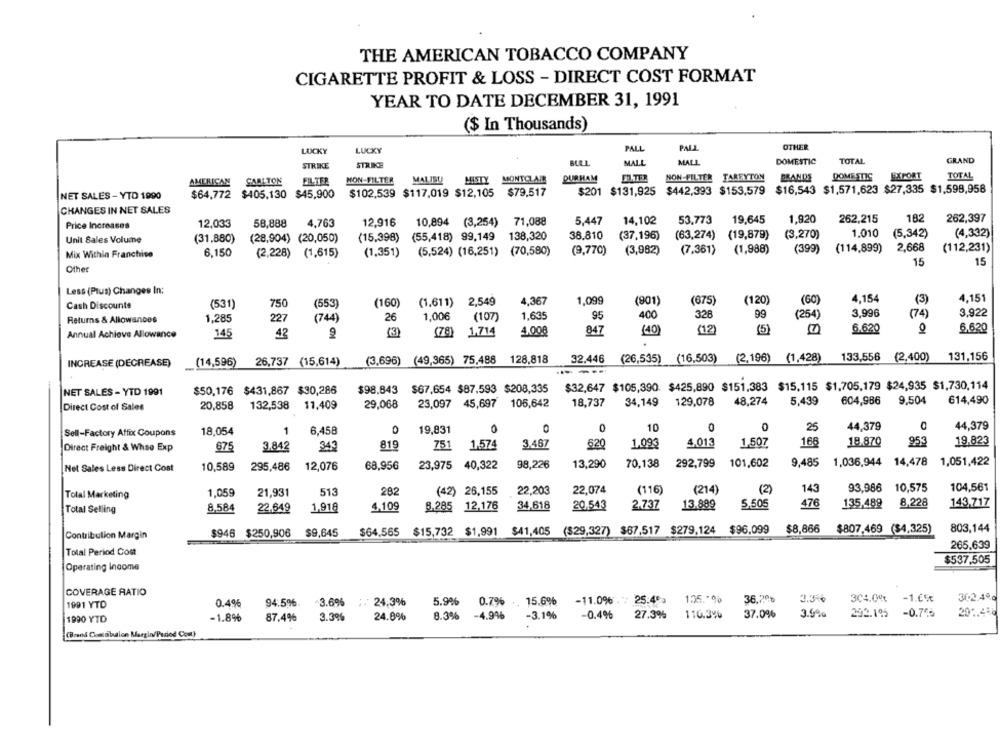
THE AMERICAN TOBACCO COMPANY
CIGARETTE PROFIT & LOSS - DIRECT COST FORMAT
YEAR TO DATE DECEMBER 31, 1991
($ In Thousands)
LUCKY
LUCKY
PALL
PALL
OTHER
STRIKE
STRIKE
BULL
MALL
MALL
DOMESTIC
TOTAL
GRAND
AMERICAN CARLTON
MON-FILTER
MALISU
MISTY MONTCLAR
DURHAM
FILTER
NON-FILTER TAREYTON
BRANDS
DOMESTIC
EXPORT
TOTAL
NET SALES - YTD 1990
$64,772 $405,130 $45,900
$102,539 $117,019 $12,105 $79,517
$201 $131,925 $442,393 $153,579 $16,543 $1,571,623 $27,335 $1,598,958
CHANGES IN NET SALES
262,397
Price Increases
12,033
58,888
4,763
12,916
10,894 (3,254)
71,088
5.447
14,102
53.773
19,645
1,920
262,215
182
1.010
(4,332)
Unit Sales Volume
(31.880)
(28,904) (20,050)
(15.398)
(55,418) 99,149
138,320
38.810
(37,196)
(63,274) (19,879)
(3,270)
(5,342)
2,668
(112,231)
Mix Within Franchise
6,150
(2,228) (1,615)
(1,351)
(5,524) (16,251) (70,580)
(9,770)
(3,982)
(7.361) (1,988)
(399)
(114,899)
15
15
Other
Less (Plus) Changes In:
4,367
1.099
(901)
(675)
(120)
(60)
4,154
(3)
4,151
Cash Discounts
(531)
750
(553)
(160)
(1.611) 2,549
1.635
95
400
328
99
(254)
3.996
(74)
3,922
Returns & Allowances
1,285
227
(744)
26
1,006
(107)
(3)
4.008
847
(40)
(12
7
6.620
6.620
Annual Achieve Allowance
145
42
(78)
1.714
(3,696) (49,365) 75,488
128,818
32.446
(26,535) (16,503) (2,196) (1.428)
133,556
(2,400)
131,156
INCREASE (DECREASE)
(14,596)
26,737 (15,614)
$50,176 $431,867 $30,286
$98.843 $67,654 $87,593 $208,335
$32,647 $105,390. $425,890 $151,383 $15,115 $1,705,179 $24,935 $1,730,114
NET SALES - YTD 1991
Direct Cost of Sales
20,858
132,538
11,409
29,068
23,097 45,697 106,642
18,737
34,149
129,078
48,274
5,439
604,986
9.504
614,490
0
10
25
44,379
44,379
Sell-Factory Affix Coupons
18,054
1
6,458
19,831
O
1,507
166
18.870
953
19,823
Direct Freight & Whse Exp
675
3.842
343
819
751
1,574
3.467
620
1.093
4,013
12,076
68,956
23,975
40,322
98,226
13,290
70,138
292,799
101,602
9,485
1.036,944 14,478
1,051,422
Net Sales Less Direct Cost
10,589
295,486
93,986
10,575
104,561
Total Marketing
1,059
21,931
513
282
(42) 26,155
22,203
22,074
(116)
(214)
(2)
143
8,228
143,717
Total Selling
8,584
22.649
1,918
4,109
8.285
12,176
34,618
20.543
2.737
13.889
5,505
476
135,489
$9,645
$64,565
$15,732 $1,991 $41,405 ($29,327) $67.517 $279,124 $96,099
$8,866
$807,469 ($4,325)
803,144
Contribution Margin
$946 $250,906
265,639
Total Period Cost
$537,505
Operating Income
COVERAGE RATIO
5.9%
0.7%
15.6%
-11.0% .: 25:46.
135."%
36.7%
3.3%6
304.00%
-1.65t
36.2.4ºc
1991 YTD
0.4%
94.5%.
3.69%
; : 24,3%
8.3%
-4.9%
-3.1%
-0.4%
27.3%
110.3%
37.0%
3.6%
292.195
-0.765
29.450
1990 YTD
-1.8%
87.4%
3.3%
24.0%
(Brand Costaibution Margin/Period Com)